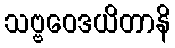
သဗ္ဗဝေဒယိတာနိ